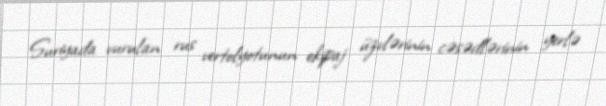
Suriyada vurulan rus vertolyotunun ekipaj üzvlərinin cəsədlərinin yerlə